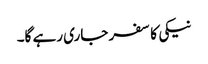
نیکی کا سفر جاری رہے گا۔